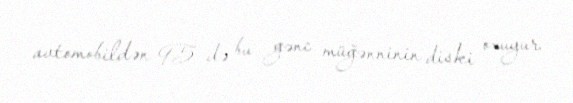
avtomobildən 95-də bu gənc müğənninin diski oxuyur.